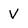
Character: V